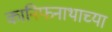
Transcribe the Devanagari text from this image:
कानिफनाथाच्या